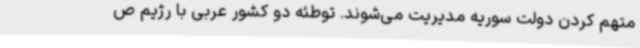
متهم کردن دولت سوریه مدیریت می‌شوند. توطئه دو کشور عربی با رژیم ص